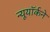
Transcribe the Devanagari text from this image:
न्यूयॉर्कने